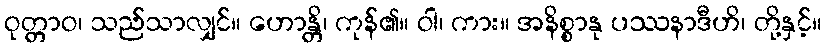
ဝုတ္တာဝ၊ သည်သာလျှင်။ ဟောန္တိ၊ ကုန်၏။ ဝါ၊ ကား။ အနိစ္စာနု ပဿနာဒီဟိ၊ တို့နှင့်။